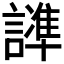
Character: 𲁸